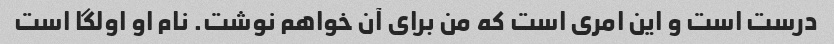
درست است و این امری است که من برای آن خواهم نوشت. نام او اولگا است